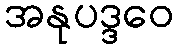
အနုပဒ္ဒဝေ